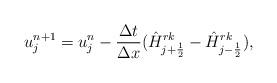
LaTeX: \begin{align*}u^{n+1}_j=u^{n}_j-\frac{\Delta t}{\Delta x} (\hat H^{rk}_{j+\frac12}-\hat H^{rk}_{j-\frac12}),\end{align*}